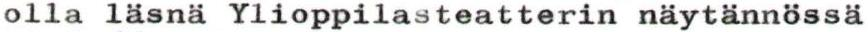
olla läsnä Ylioppilasteatterin näytännössä